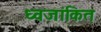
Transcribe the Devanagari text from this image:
ध्वजांकित